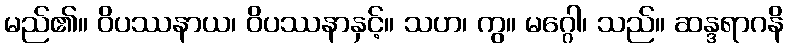
မည်၏။ ဝိပဿနာယ၊ ဝိပဿနာနှင့်။ သဟ၊ ကွ။ မဂ္ဂေါ၊ သည်။ ဆန္ဒရာဂနိ